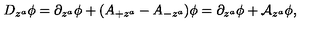
D _ { z ^ { a } } \phi = \partial _ { z ^ { a } } \phi + ( A _ { + z ^ { a } } - A _ { - z ^ { a } } ) \phi = \partial _ { z ^ { a } } \phi + \mathcal { A } _ { z ^ { a } } \phi ,